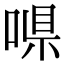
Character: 𠶼